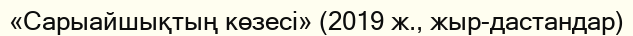
«Сарыайшықтың көзесі» (2019 ж., жыр-дастандар)